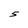
Character: 5